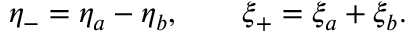
\eta _ { - } = \eta _ { a } - \eta _ { b } , \qquad \xi _ { + } = \xi _ { a } + \xi _ { b } .